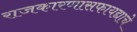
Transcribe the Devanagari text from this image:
राजकारणासफायद्याचे